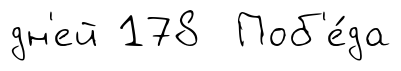
дн'ей 178 Поб'е́да